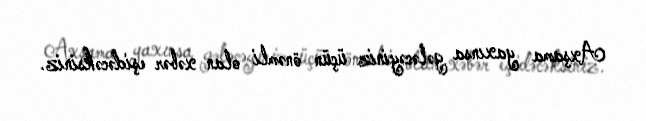
Axşama yaxınsa gələcəyiniz üçün önəmli olan xəbər eşidəcəksiniz.